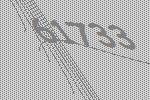
61733